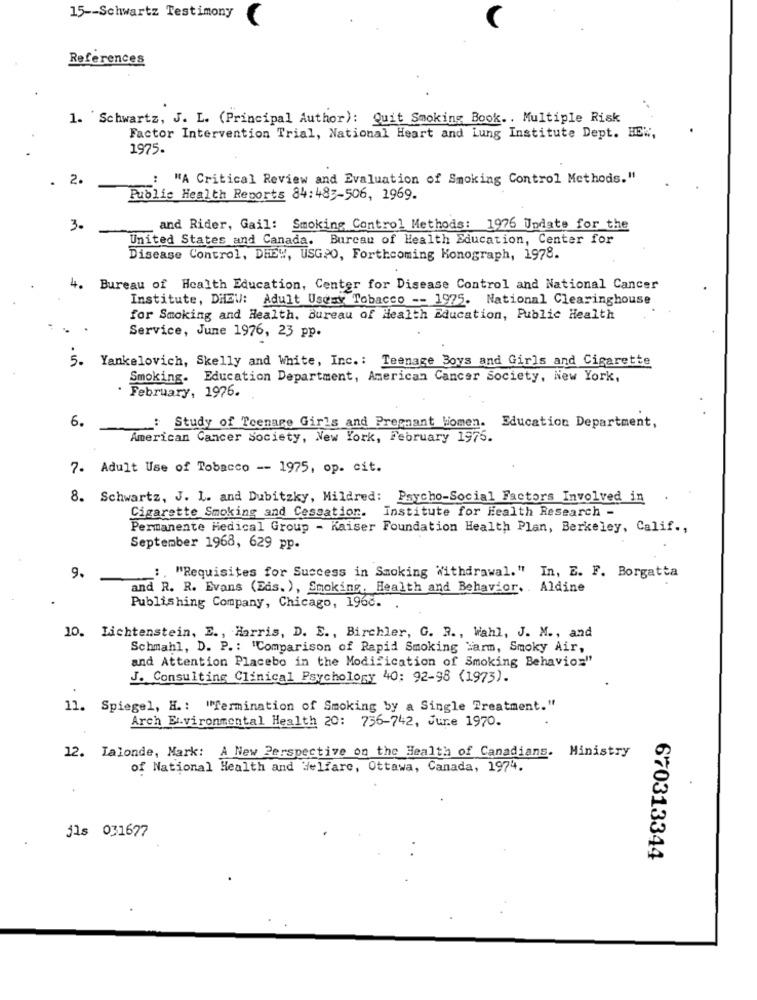
15 -- Schwartz Testimony
References
1. Schwartz, J. L. (Principal Author): Quit Smoking Book .. Multiple Risk
Factor Intervention Trial, National Heart and Lung Institute Dept. HE",
1975.
2.
: "A Critical Review and Evaluation of Smoking Control Methods."
Public Health Reports 84:483-506, 1969.
3.
and Rider, Gail: Smoking Control Methods: 1976 Undate for the
United States and Canada. Burcau of Health Education, Center for
Disease Control, DHEW, USGPO, Forthcoming Monograph, 1978.
4.
Bureau of Health Education, Center for Disease Control and National Cancer
Institute, DHEV: Adult Useay Tobacco -- 1975. National Clearinghouse
for Smoking and Health. Bureau of Health Education, Public Health
Service, June 1976, 23 pp.
5 .
Yankelovich, Skelly and White, Inc .: Teenage Boys and Girls and Cigarette
Smoking. Education Department, American Cancer Society, New York,
February, 1976.
6.
: Study of Teenage Girls and Pregnant Women. Education Department,
American Cancer Society, New York, February 1975.
7. Adult Use of Tobacco -- 1975, op. cit.
8. Schwartz, J. 1. and Dubitzky, Mildred: Psycho-Social Factors Involved in
Cigarette Smoking and Cessation. Institute for Health Research -
Permanente Medical Group - Kaiser Foundation Health Plan, Berkeley, Calif .,
September 1968, 629 pp.
:. "Requisites for Success in Smoking Withdrawal." In, E. F. Borgatta
9.
and R. R. Evans (Eds. ), Smoking, Health and Behavior. . Aldine
Publishing Company, Chicago, 1968.
10. Lichtenstein, E ., Harris, D. E ., Birchler, G. R ., Wahl, J. M ., and
Schmahl, D. P .: "Comparison of Rapid Smoking ">arm, Smoky Air,
and Attention Placebo in the Modification of Smoking Behavioz"
J. Consulting Clinical Psychology 40: 92-98 (1973).
11. Spiegel, H .: "Termination of Smoking by a Single Treatment."
Arch Environmental Health 20: 756-742, June 1970.
12. Lalonde, Mark: A New Perspective on the Health of Canadians. Ministry
of National Health and Welfare, Ottawa, Canada, 1974.
jls 031677
670313344